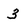
Character: 3